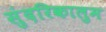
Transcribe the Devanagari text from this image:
सुंदरिकालुम